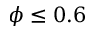
\phi \leq 0 . 6